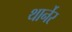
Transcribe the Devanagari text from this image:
थार्नेर